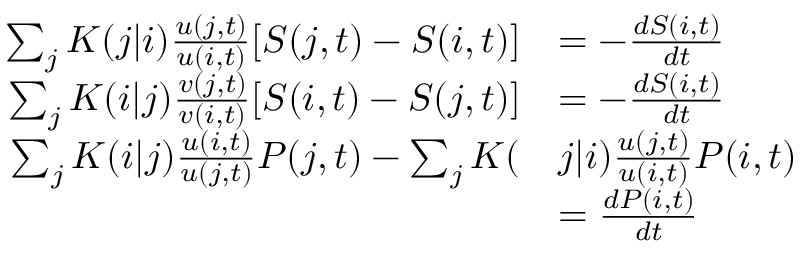
\begin{array} { r l } { \sum _ { j } K ( j | i ) \frac { u ( j , t ) } { u ( i , t ) } [ S ( j , t ) - S ( i , t ) ] } & { = - \frac { d S ( i , t ) } { d t } } \\ { \sum _ { j } K ( i | j ) \frac { v ( j , t ) } { v ( i , t ) } [ S ( i , t ) - S ( j , t ) ] } & { = - \frac { d S ( i , t ) } { d t } } \\ { \sum _ { j } K ( i | j ) \frac { u ( i , t ) } { u ( j , t ) } P ( j , t ) - \sum _ { j } K ( } & { j | i ) \frac { u ( j , t ) } { u ( i , t ) } P ( i , t ) } \\ & { = \frac { d P ( i , t ) } { d t } } \end{array}